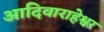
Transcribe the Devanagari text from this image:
आदिवाराहेश्वर